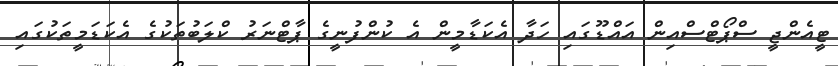
ޓީއެންޖީ ސްޕޯޓްސްއިން އައްޑޫގައި ހަދާ އެކަޑާމީން އެ ކުންފުނީގެ ޕާޓްނަރު ކްލަބުތަކުގެ އެކަޑަމީތަކުގައި